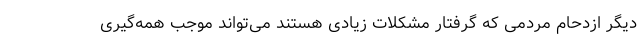
دیگر ازدحام مردمی که گرفتار مشکلات زیادی هستند می‌تواند موجب همه‌گیری